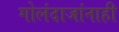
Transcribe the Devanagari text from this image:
गोलंदाजांनाही